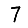
Digit: 7